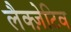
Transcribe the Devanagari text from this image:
लैक्ज़ेटिव